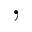
,